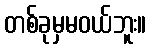
တစ်ခုမှမဝယ်ဘူး။